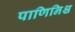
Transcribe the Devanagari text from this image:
पाणिनिश्च